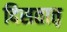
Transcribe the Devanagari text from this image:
दिसतात़